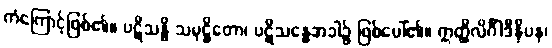
ကံကြောင့်ဖြစ်၏။ ပဋိသန္ဓိ သမုဋ္ဌိတော၊ ပဋိသန္ဓေအခါ၌ ဖြစ်ပေါ်၏။ ဣတ္ထိလိင်္ဂါဒီနိပန၊